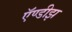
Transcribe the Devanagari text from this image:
ऍण्डीझ